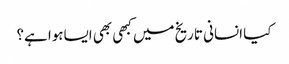
کیا انسانی تاریخ میں کبھی بھی ایساہوا ہے؟